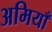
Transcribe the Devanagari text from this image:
अमियाँ